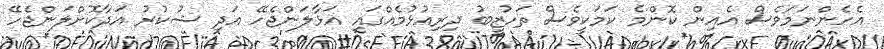
އެހެންނަމަވެސް އެއިން ކޮންމެ ކަމަކީވެސް ތަހުޒީބު ދިރިއުޅުމެއްގައި އަޅާލަންޖެހޭ އަދި ޝުކުރު އަދާކޮށްލަންޖެހޭ